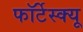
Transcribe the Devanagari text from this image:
फॉर्टेस्क्यू